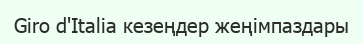
Giro d'Italia кезеңдер жеңімпаздары